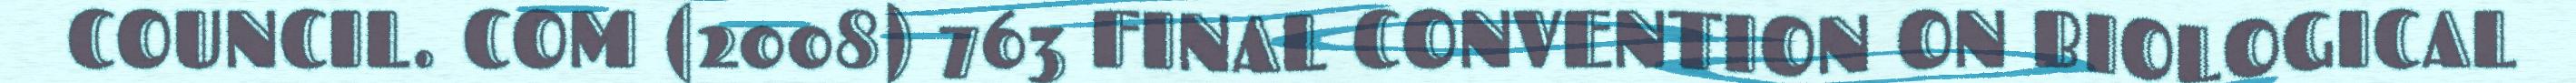
COUNCIL. COM (2008) 763 FINAL CONVENTION ON BIOLOGICAL